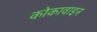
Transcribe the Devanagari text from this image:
कोकावाइन